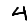
Digit: 4